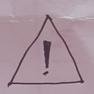
Signature authenticity: forged